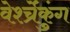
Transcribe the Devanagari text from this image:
वेर्श्च्रेंकुंग